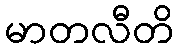
မာတလီတိ